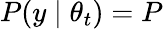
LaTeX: P(y\mid\theta_{t})=P